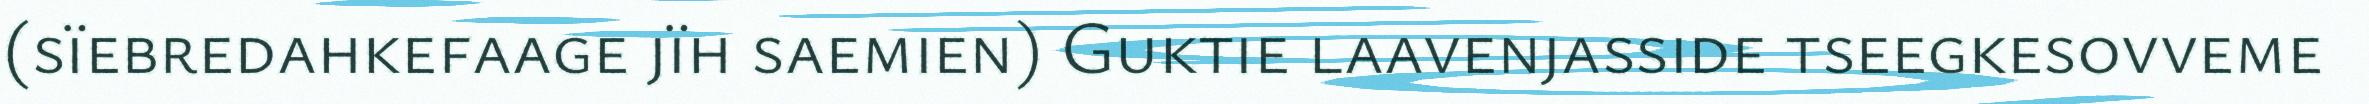
(sïebredahkefaage jïh saemien) Guktie laavenjasside tseegkesovveme